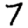
Digit: 7